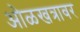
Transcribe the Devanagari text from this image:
ओळखत्रावर